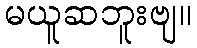
မယူဆဘူးဗျ။